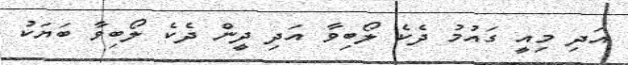
އަދި މިއީ ގައުމު ދެކެ ލޯބިވާ އަދި ދީން ދެކެ ލޯބިވާ ބަޔަކު